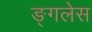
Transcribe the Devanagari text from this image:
ङ्गलेस